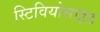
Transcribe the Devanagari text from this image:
स्टिवियोसाइड